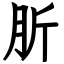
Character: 肵